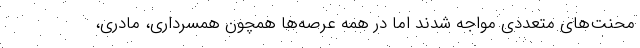
محنت‌های متعددی مواجه شدند اما در همه عرصه‌ها همچون همسرداری، مادری،